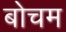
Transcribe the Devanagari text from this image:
बोचम